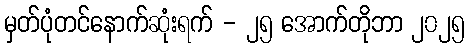
မှတ်ပုံတင်နောက်ဆုံးရက် - ၂၅ အောက်တိုဘာ ၂၀၂၅